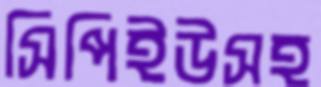
সিপিইউসহ